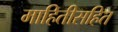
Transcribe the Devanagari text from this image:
माहितीसहित